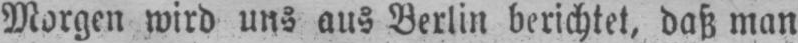
Morgen wird uns aus Berlin berichtet, daß man